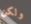
ولكن